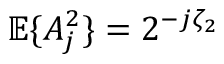
{ \mathbb E } \{ A _ { j } ^ { 2 } \} = 2 ^ { - j \zeta _ { 2 } }